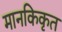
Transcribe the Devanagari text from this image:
मानकिकृत